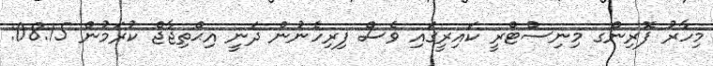
މިހާރު ފޮރިންގ މިނިސްޓްރީ ކައިރީގައި ވެސް ފިރިހެނުން ދަނީ އިޙްތިޖާޖް ކުރަމުން 08:15: